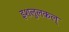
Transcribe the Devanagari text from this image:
इशलुलकल्